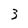
Character: 3